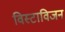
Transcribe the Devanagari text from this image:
विस्टाविजन